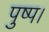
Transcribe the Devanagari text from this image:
पुष्प।